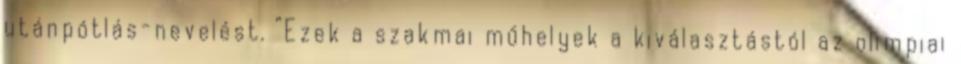
utánpótlás-nevelést. “Ezek a szakmai műhelyek a kiválasztástól az olimpiai